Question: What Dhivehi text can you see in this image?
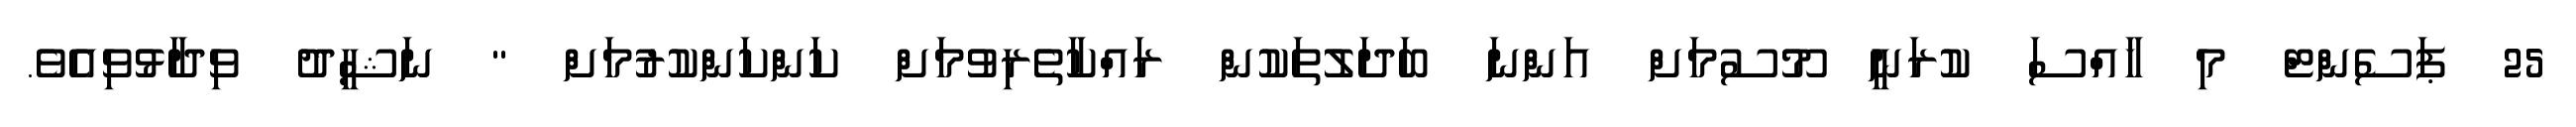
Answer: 25 ޕަސެންޓް މި ހާއްސަ ކުރަނީ މޫސުމަށް އަންނަ ބަދަލުތަކުން ރައްކާތެރިވުމަށް ކަންކަންކުރުމަށް " ނަޝީދު ވިދާޅުވިއެވެ.